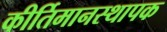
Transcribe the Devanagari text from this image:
कीर्तिमानस्थापक